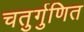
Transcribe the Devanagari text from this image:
चतुर्गुणित